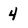
Character: 4